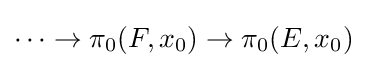
\cdots \rightarrow \pi _{0}(F,x_{0})\rightarrow \pi _{0}(E,x_{0})